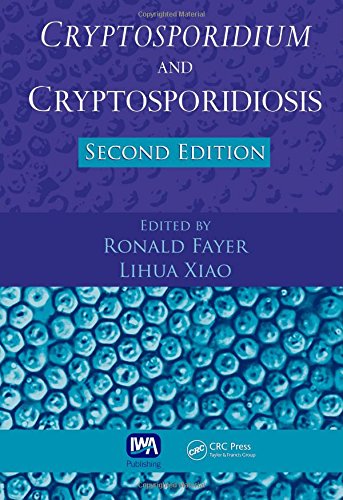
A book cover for Cryptosporidium and Cryptosporidiosis, Second Edition; Medical Books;